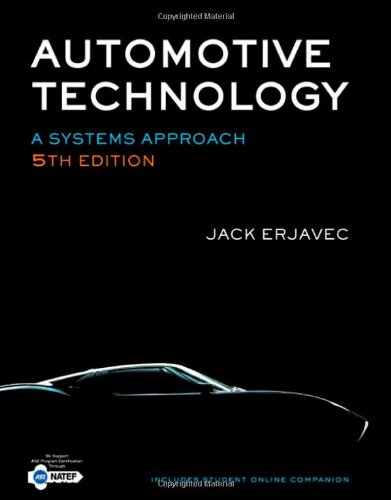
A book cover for Automotive Technology: A Systems Approach, 5th Edition; Jack Erjavec; Engineering & Transportation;